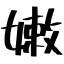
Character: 嫩